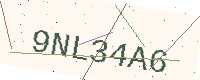
Text: 9NL34A6